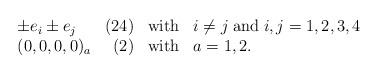
LaTeX: \begin{align*}\begin{array}{lrcl} \pm e_{i} \pm e_{j} & (24) & \mbox{with} & i\neq j \; \mbox{and} \;i,j=1,2,3,4 \\(0,0,0,0)_{a} & (2) & \mbox{with} & a=1,2.\end{array}\end{align*}